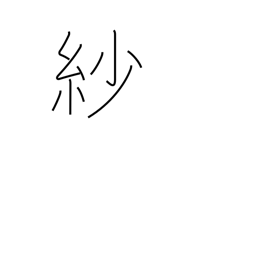
Meaning: gossamer